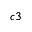
^ { c 3 }